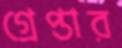
গ্রেপ্তার